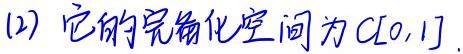
(2) 它的完备化空间为 $C[0,1]$.